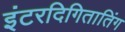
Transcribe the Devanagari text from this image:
इंटरदिगितातिंग